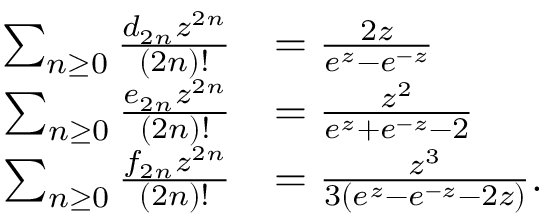
{ \begin{array} { r l } { \sum _ { n \geq 0 } { \frac { d _ { 2 n } z ^ { 2 n } } { ( 2 n ) ! } } } & { = { \frac { 2 z } { e ^ { z } - e ^ { - z } } } } \\ { \sum _ { n \geq 0 } { \frac { e _ { 2 n } z ^ { 2 n } } { ( 2 n ) ! } } } & { = { \frac { z ^ { 2 } } { e ^ { z } + e ^ { - z } - 2 } } } \\ { \sum _ { n \geq 0 } { \frac { f _ { 2 n } z ^ { 2 n } } { ( 2 n ) ! } } } & { = { \frac { z ^ { 3 } } { 3 ( e ^ { z } - e ^ { - z } - 2 z ) } } . } \end{array} }